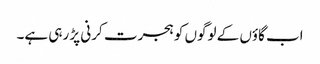
اب گاؤں کے لوگوں کو ہجرت کرنی پڑ رہی ہے۔